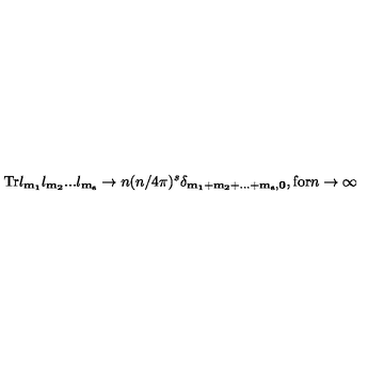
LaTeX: \mathrm { T r } l _ { \bf m _ { 1 } } l _ { \bf m _ { 2 } } . . . l _ { \bf m _ { s } } \rightarrow n ( n / 4 \pi ) ^ { s } \delta _ { \bf m _ { 1 } + m _ { 2 } + . . . + m _ { s } , 0 } , \mathrm { f o r } n \rightarrow \infty